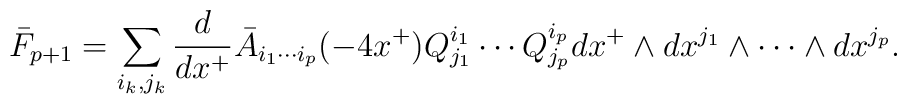
\bar F_{p+1} =  \sum_{i_k, j_k} \frac{d}{dx^+} \bar A_{i_1 \cdots i_p} (-4 x^+) Q^{i_1}_{j_1} \cdots  Q^{i_p}_{j_p}  dx^+ \wedge dx^{j_1} \wedge \cdots \wedge d x^{j_p} .